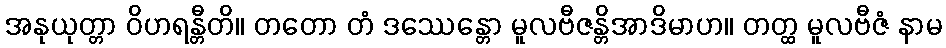
အနုယုတ္တာ ဝိဟရန္တီတိ။ တတော တံ ဒဿေန္တော မူလဗီဇန္တိအာဒိမာဟ။ တတ္ထ မူလဗီဇံ နာမ